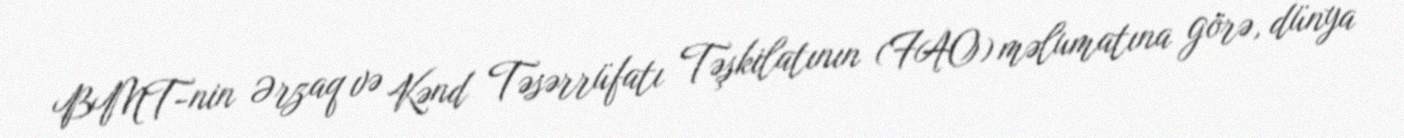
BMT-nin Ərzaq və Kənd Təsərrüfatı Təşkilatının (FAO) məlumatına görə, dünya